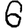
Digit: 6